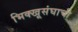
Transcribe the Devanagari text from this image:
भिक्खूसंघाची